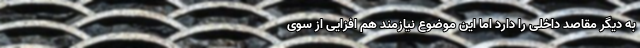
به دیگر مقاصد داخلی را دارد اما این موضوع نیازمند هم افزایی از سوی